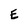
Character: E